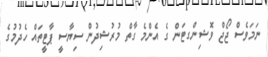
ނަމަވެސް ޖޯޖް ވޮޝިންގޓަން ގެ އެންމެ ގާތް މުރުޝިދުން ސިޔާސީ ޕާޓީތައް ހެދުމުގެ